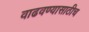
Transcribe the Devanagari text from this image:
वाढवण्यासाठीच